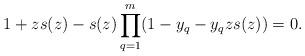
LaTeX: \begin{align*}1+zs(z)-s(z)\prod_{q=1}^m(1-y_q-y_qzs(z))=0.\end{align*}